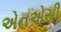
એનએસી